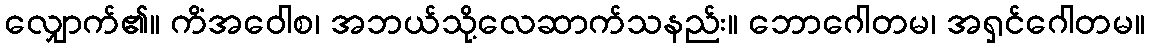
လျှောက်၏။ ကိံအဝေါစ၊ အဘယ်သို့လေဆာက်သနည်း။ ဘောဂေါတမ၊ အရှင်ဂေါတမ။